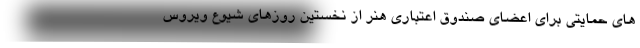
های حمایتی برای اعضای صندوق اعتباری هنر از نخستین روزهای شیوع ویروس